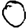
Digit: 0